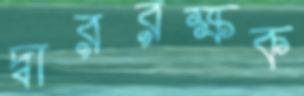
দ্বাররক্ষক